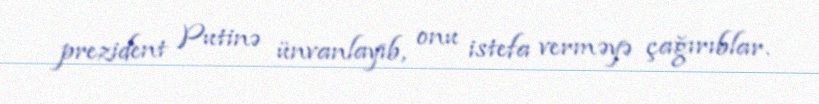
prezident Putinə ünvanlayıb, onu istefa verməyə çağırıblar.